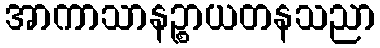
အာကာသာနဉ္စာယတနသညာ